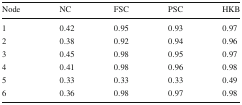
<table><thead><tr><td><b>Node</b></td><td><b>NC</b></td><td><b>FSC</b></td><td><b>PSC</b></td><td><b>HKB</b></td></tr></thead><tbody><tr><td>1</td><td>0.42</td><td>0.95</td><td>0.93</td><td>0.97</td></tr><tr><td>2</td><td>0.38</td><td>0.92</td><td>0.94</td><td>0.96</td></tr><tr><td>3</td><td>0.45</td><td>0.98</td><td>0.95</td><td>0.97</td></tr><tr><td>4</td><td>0.41</td><td>0.98</td><td>0.96</td><td>0.98</td></tr><tr><td>5</td><td>0.33</td><td>0.33</td><td>0.33</td><td>0.49</td></tr><tr><td>6</td><td>0.36</td><td>0.98</td><td>0.97</td><td>0.98</td></tr></tbody></table>